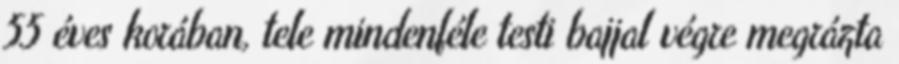
55 éves korában, tele mindenféle testi bajjal végre megrázta